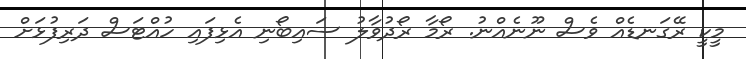
މީކީ ރޭގަނޑެއް ވެސް ނޫނެއްނު. ރޯމާ ރޯދުވާލު ސައިބޯނި އެޅިފައި ހުއްޓަސް ދަރިފުޅަށް